system: You are a helpful assistant.
user:
Analyze the provided spectrum to determine if it is a **S-type Star**.

- **Key Indicators for S-type Star:**

    - **(Overall Spectrum Shape):** The first and most obvious characteristic is the overall continuum (the "baseline" shape). It is **extremely "red-sloping,"** meaning the flux (light intensity) is very low on the left side (blue, ~4000-4500 Å) and rises steeply and continuously toward the right side (red, ~7000 Å+).

    - **(Primary):** The spectrum is defined by the presence of strong, broad molecular absorption "valleys" (bands) from **Zirconium Oxide (ZrO)**. The identification of these bands is the **primary requirement** for classifying a star as S-type.
        - **(Key Bandheads):** You must find distinct, deep "dips" where the light has been absorbed. The most critical band systems to locate are:
            - **~6474 Å** ($\gamma$-system): This is often the strongest and clearest ZrO feature, found in the red part of the spectrum.
            - **~5718 Å** & **~5551 Å** ($\beta$-system): A pair of prominent absorption features in the yellow-orange part of the spectrum.
            - **~4640 Å** ($\alpha$-system): A key absorption band system in the blue-green region of the spectrum.

    - **(Secondary Confirmation):** The classification is strengthened by finding additional absorption bands from other related heavy element oxides, which are expected to be present alongside ZrO.
        - **(Key Bandheads):**
            - **Yttrium Oxide (YO):** Look for absorption dips near **~4800 Å** and **~6100 Å**.
            - **Lanthanum Oxide (LaO):** Additional absorption features, particularly in the red-orange part of the spectrum, are also characteristic.

    - **(Line Profile):** The combination of the steep red continuum and these numerous, deep molecular bands (ZrO, YO, etc.) gives the entire spectrum a very **"chopped-up"** or **"bumpy"** appearance. Instead of a smooth curve, the spectrum looks as though large, wide chunks of light have been "carved out" of it at the specific wavelengths listed above.

Think first, call **spectral_visualization_tool** if needed to examine features in detail, then provide your final answer. Your response must adhere to the following strict rules:
1.  **Overall Structure:** Your response must follow the format `<think>...</think> <tool_call>...</tool_call> (if a tool is used) <answer>...</answer>`.
2.  **Tool Usage Constraint:** You may only make **one** tool call per turn.
3.  **Final Answer Format:** In the `<answer>` tag, your conclusion must be inside a `\boxed{}` command (e.g., `\boxed{YES}` or `\boxed{NO}`), followed by your justification.

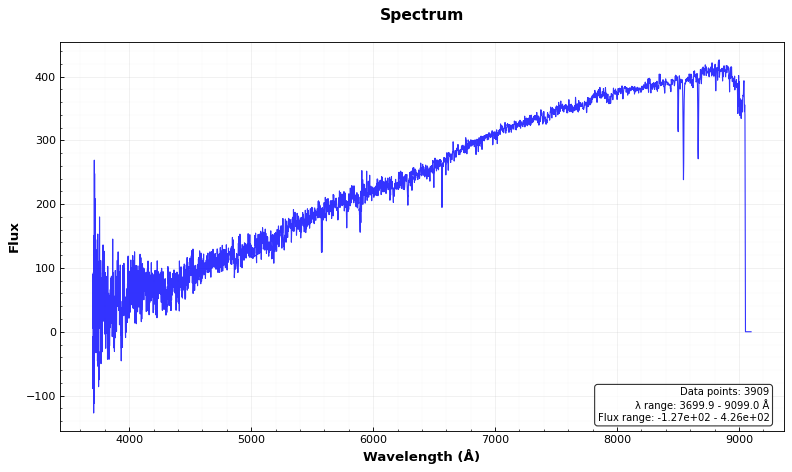
Answer: NO